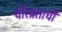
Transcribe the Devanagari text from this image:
वीरव्रताची